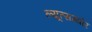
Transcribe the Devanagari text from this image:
ल्यूत्सम्योर